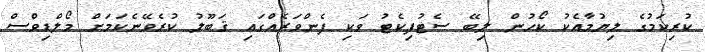
ކުރިކަމުގެ ލިޔުމާއެކު ކޯހުން ލިބޭ ސެޓުފިކެޓު ވަކި ފެންވަރެއްގައި ޤަބޫލު ކުރެވޭނެކަމަށް މޯލްޑިވްސް